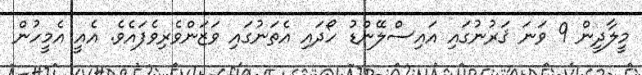
މީލާދީން 9 ވަނަ ޤަރުނުގައި އައިސްލޭންޑު ހޯދައި އެތަނުގައި ވަޒަންވެރިވެފައެވެ. އެއީ އެމީހުން